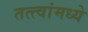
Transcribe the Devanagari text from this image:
तत्त्वांमध्ये